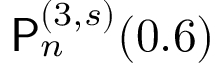
\mathsf { P } _ { n } ^ { ( 3 , s ) } ( 0 . 6 )